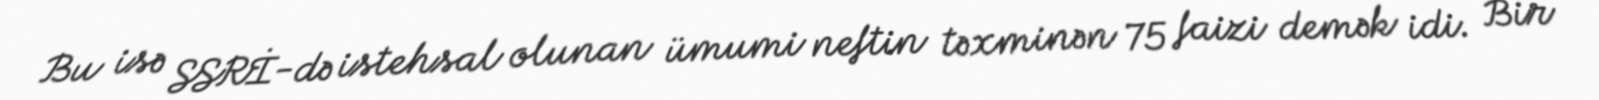
Bu isə SSRİ-də istehsal olunan ümumi neftin təxminən 75 faizi demək idi. Bir